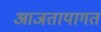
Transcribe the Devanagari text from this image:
आजतायागत